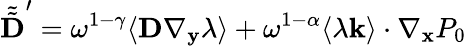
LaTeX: \tilde{\tilde{\textbf{D}}}^{\prime}=\omega^{1-\gamma}\langle\textbf{D}\nabla_{\mathbf y}\lambda\rangle+\omega^{1-\alpha}\langle\lambda\mathbf k\rangle\cdot\nabla_{\mathbf x}P_{0}